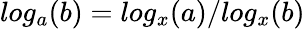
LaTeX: log_{a}(b)=log_{x}(a)/log_{x}(b)